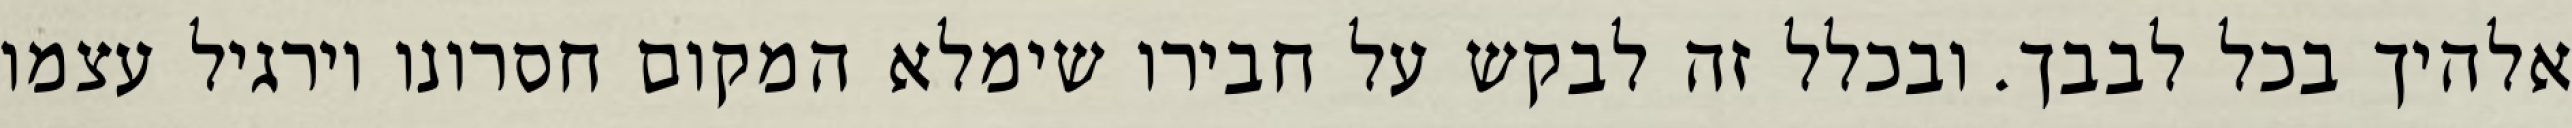
אלהיך בכל לבבך. ובכלל זה לבקש על חבירו שימלא המקום חסרונו וירגיל עצמו